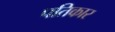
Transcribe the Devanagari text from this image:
पतिकार